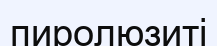
пиролюзиті